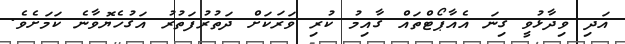
އަދި ވިދާޅުވީ ގިނަ އެއާޕޯޓްތައް ގާއިމު ކުރި ވަރަކަށް ދަތުރުފަތުރު އަގުހެޔޮވާނެ ކަމަށެވެ.